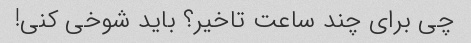
چی برای چند ساعت تاخیر؟ باید شوخی کنی!